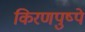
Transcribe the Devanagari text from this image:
किरणपुष्पे